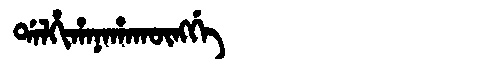
Manchu: ᡩᠠᠯᡥᡳᡥᠠᠨᠠᡥᠠᡴᡡᠩᡤᡝ
Romanization: DALHIHANAHAKŪNGGE